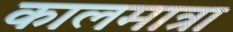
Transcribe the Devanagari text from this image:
कालमात्रा